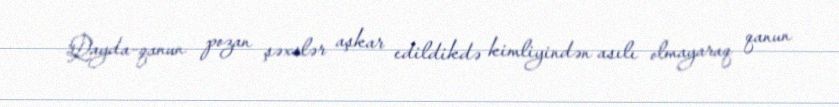
Qayda-qanun pozan şəxslər aşkar edildikdə kimliyindən asılı olmayaraq qanun